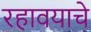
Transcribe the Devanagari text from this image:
रहावयाचे